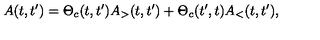
A ( t , t ^ { \prime } ) = \Theta _ { c } ( t , t ^ { \prime } ) A _ { > } ( t , t ^ { \prime } ) + \Theta _ { c } ( t ^ { \prime } , t ) A _ { < } ( t , t ^ { \prime } ) ,